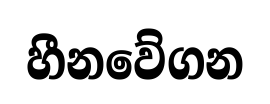
හීනවේගන